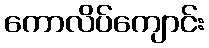
ကောလိပ်ကျောင်း